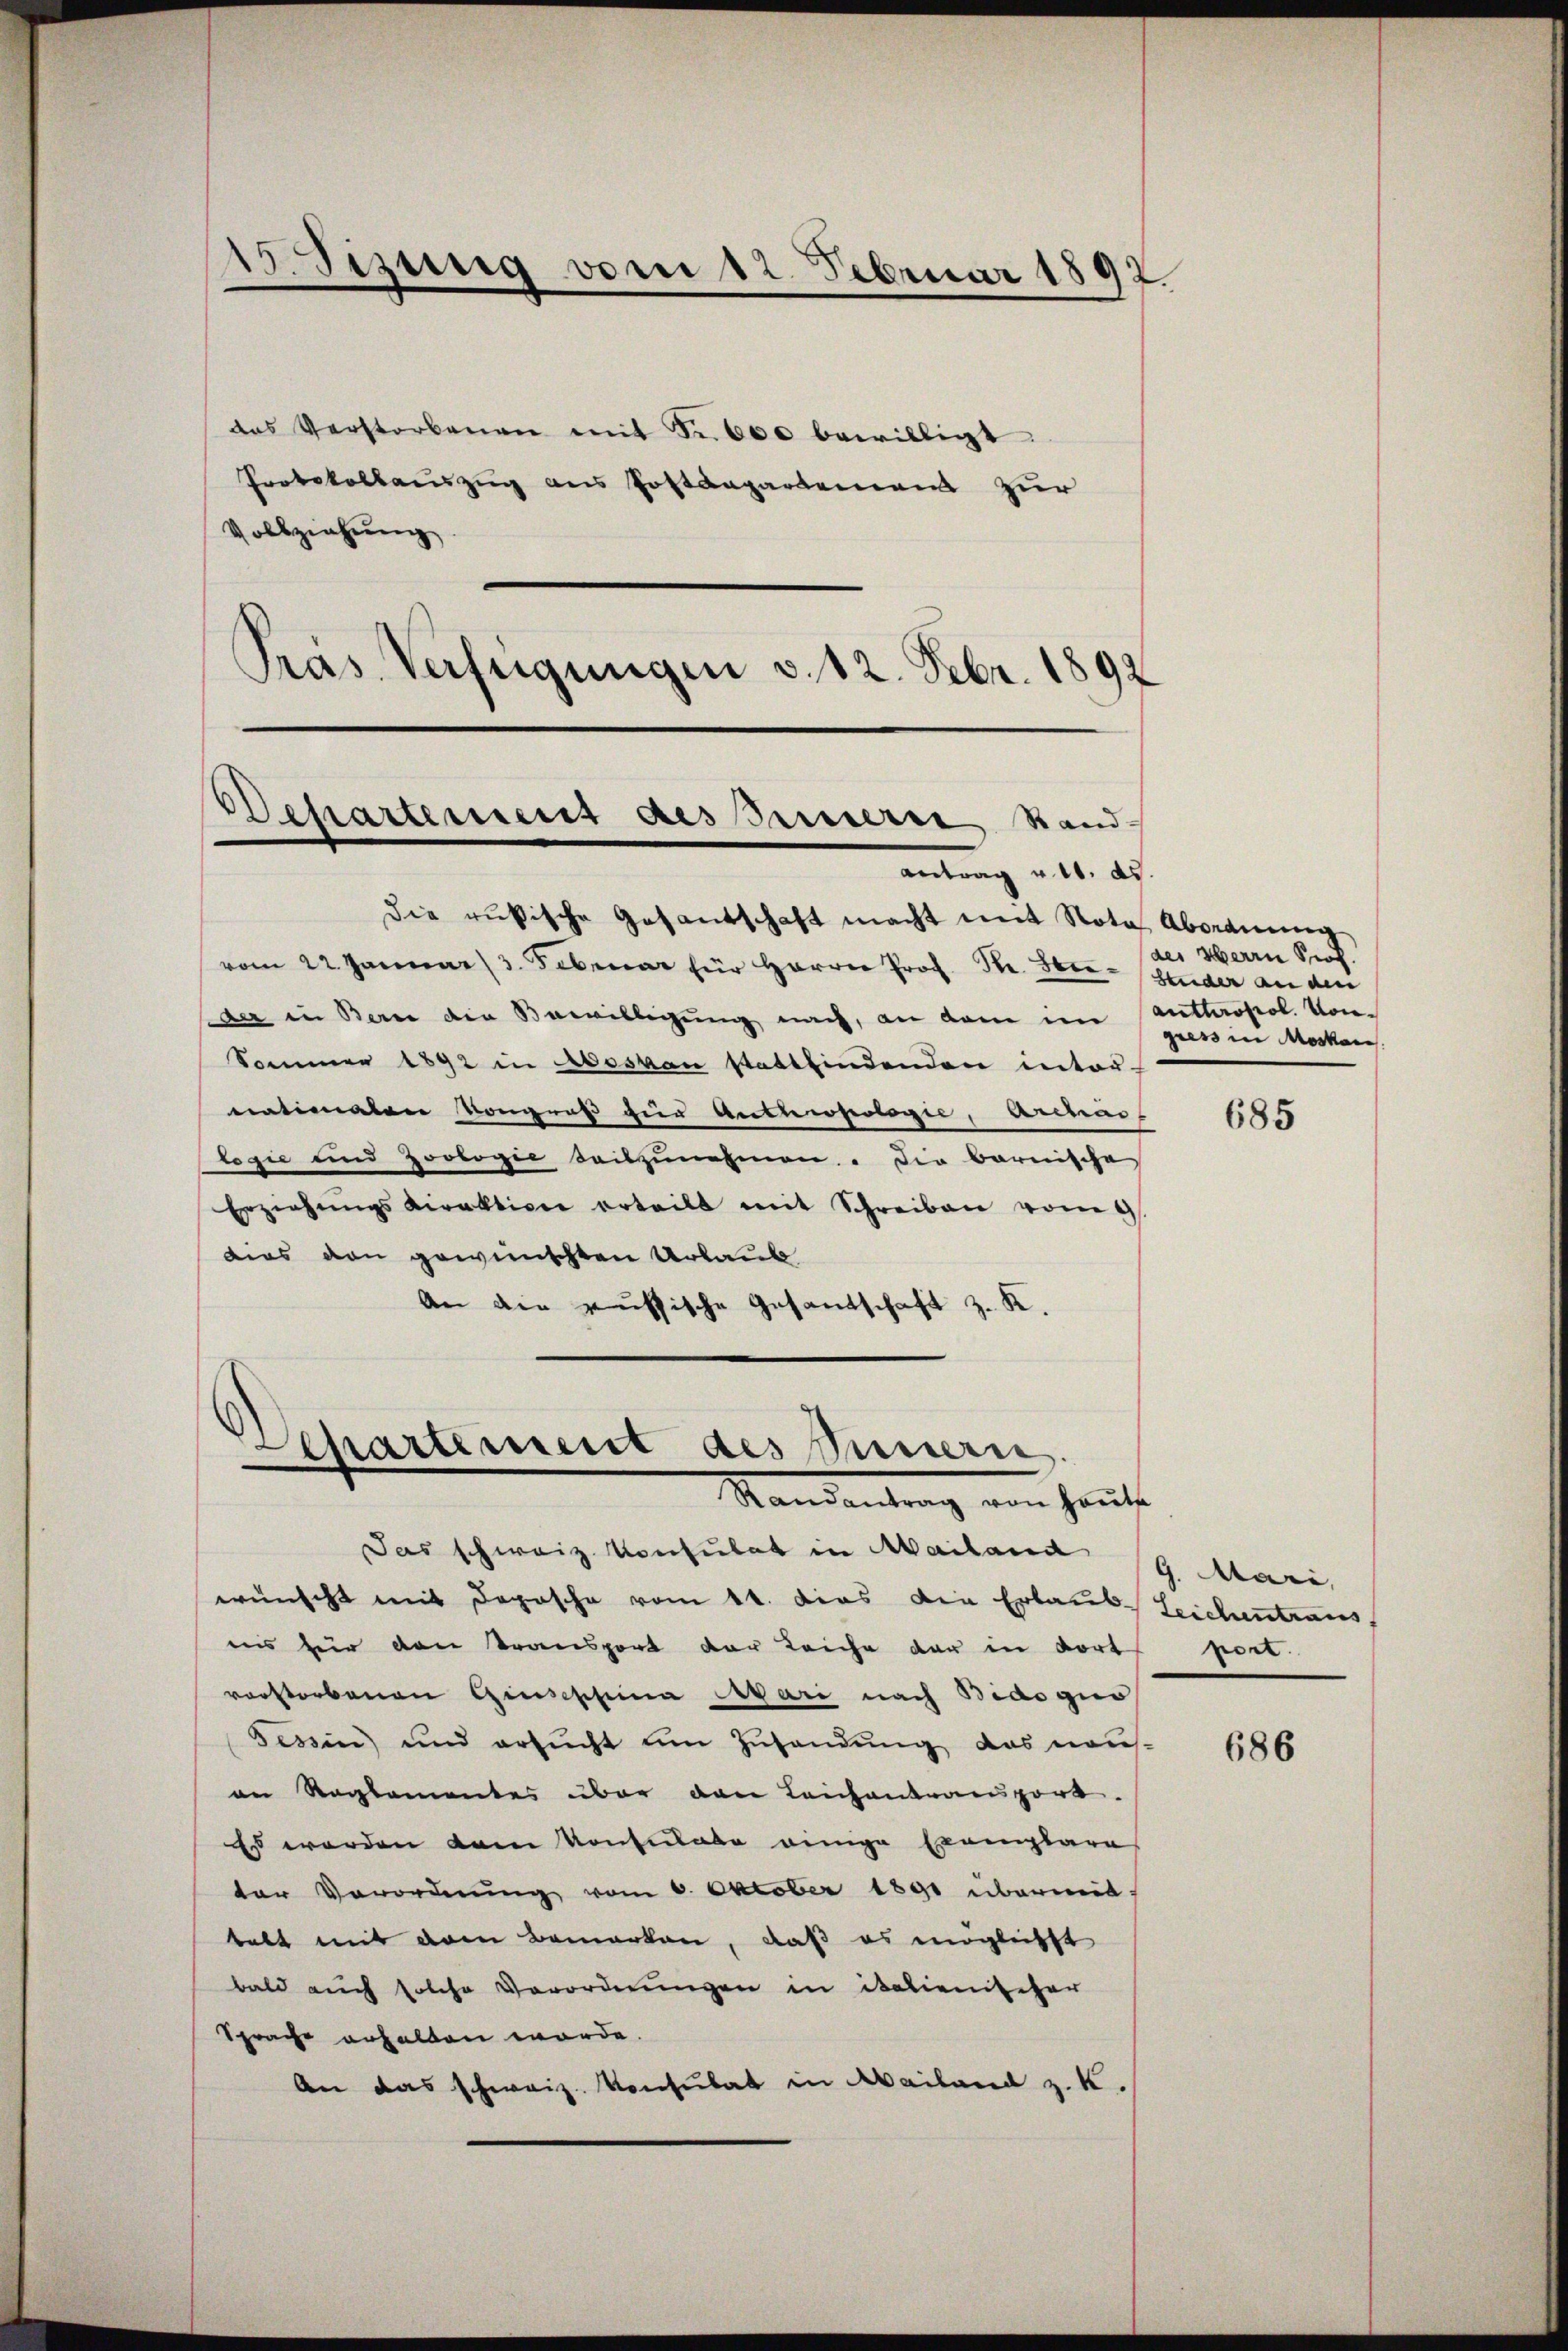
15. Sizung vom 12. Februar 1892.

das Verstorbenen mit Fr. 600 bewilligt.
Protokollauszug aus Postdepartemens zur
Vollziehung
Pras Verfügungen v. 12. Febr. 1892.

Dchartement des Innern, Stand-
Antrag v. 10. ds.

die rukische Gesantschaft macht mit Nota. Abordnung
vom 22. Januar 3. Februar für Herrn Prof. Dr. Feer- Studer an den
der in Berne den Bewilligung nach, an dem im anthropol. Von¬
Sommer 1892 in des von stattfindenden inter-
natimaton Kongruß zur Antherserleges, Archias
logie und Zoologie Seitzunehmen. Die barnische
Erziehŭngsdirektion erteilt mit Schreiben vom 9.
dies von gewünschten Urlaub
An die aussische Gesandschaft z. K.

Departement des Innern
Standentrag von Hause

Das schweiz. Konsulat in Mailand 19 Mari
wünscht mit Deposche vom 11. dies die Erlaub. Leichentraus
is für den Transport der Leiche der in dort
vorstorbenen Giusephina Egari nach Bidoguo
Tessin und ersucht um Zusendung das nausan Reglementes über den Leichentransport.
Es werden kam Konsulate einige Exemplare
ter Verordnung vom 6. Oktober 1891 übermit
tabt mit dem Bemerken, daß es mögleichst
bald auch solche Verordnungen in italienischer
Sprache erhalten worde.
An das schweiz. Konsulat in Mailand z. K.

des Herrn Prof.
gress in Moskau

685

vor.

686